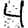
Digit: 4